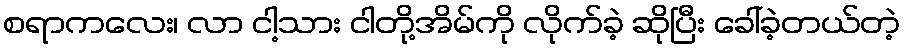
စရာကလေး၊ လာ ငါ့သား ငါတို့အိမ်ကို လိုက်ခဲ့ ဆိုပြီး ခေါ်ခဲ့တယ်တဲ့